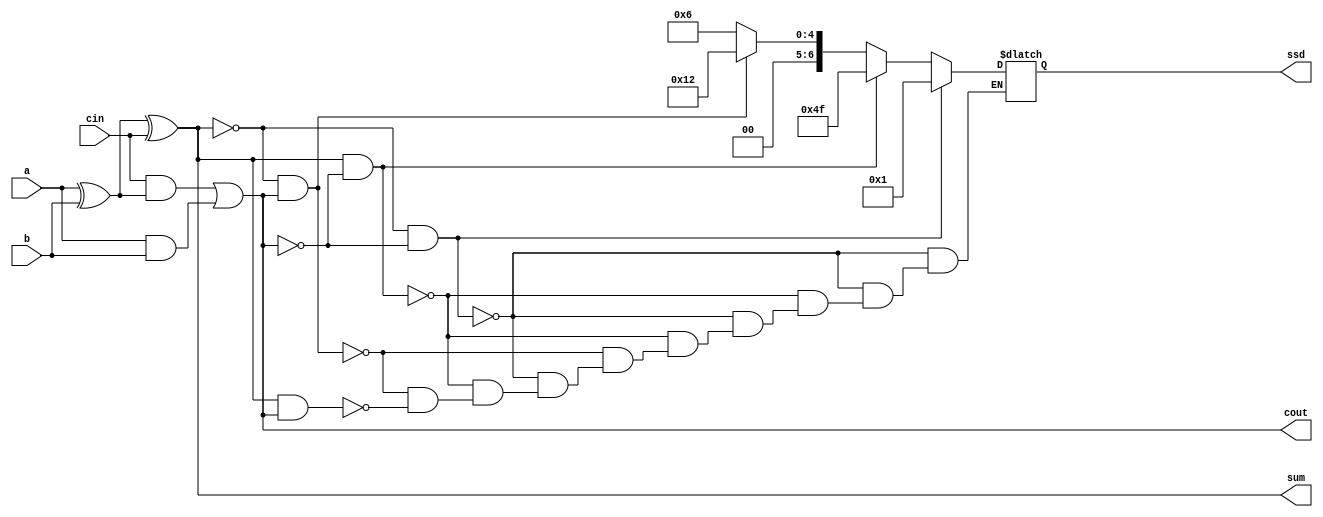

/*

Lab_1

COURSE: 		ECE 2220, A01
INSTRUCTOR: Douglas Thomson
ASSIGNMENT: Lab 1	
AUTHOR:		Ohm Patel
VERSION:		September 23, 2022

PURPOSE: To learn the basics of using Verilog in Quartus II software to create, 
			simulate and implement some simple logic circuits on the DE10 standard board.
			
*/

/*
//part b

module Lab_1(x, y, f_and, f_or, f_xor);

	input x, y;
	output f_and, f_or, f_xor;

	
	and (f_and, x, y);
	or (f_or, x, y);
	xor (f_xor, x, y);
	
endmodule
*/


/*
//part e

module Lab_1( a, b, cin, sum , cout );

	input a, b, cin;
	output sum, cout;

	wire w0,w1,w2;

	xor u0(w0,a,b);
	xor u1(sum,w0,cin);
	and u2(w1,cin,w0);
	and u3(w2,a,b);
	or u4(cout,w1,w2);

endmodule
*/



///*
module Lab_1(a, b, cin, sum, cout, ssd);

	input a, b, cin;
	output sum, cout;
	output reg [0:6]ssd;
	
	wire w0,w1,w2;

	xor u0(w0,a,b);
	xor u1(sum,w0,cin);
	and u2(w1,cin,w0);
	and u3(w2,a,b);
	or u4(cout,w1,w2);

	always @*
	
	begin
		if (sum==0 && cout==0)
			ssd = 7'b0000001;		//0
	
		else if (sum==1 && cout==0)
			ssd = 7'b1001111;		//1
		
		else if (sum==0 && cout==1)
			ssd = 7'b0010010;	   //2
	
		else if (sum==1 && cout==1)
			ssd = 7'b0000110;		//3
	end
	
endmodule
//*/